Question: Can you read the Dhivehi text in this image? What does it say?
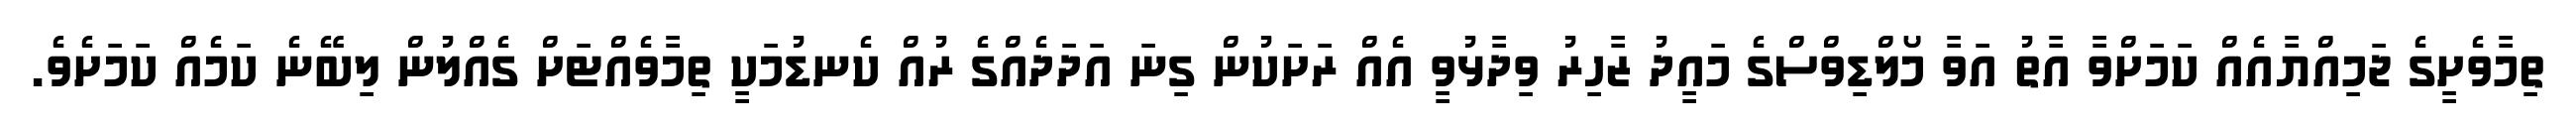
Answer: ތިމާވެށީގެ ޖަމިއްޔާއެއް ކަމަށްވާ އާތު އަވާ މޯލްޑިވްސްގެ މައީދު ޒާހިރު ވިދާޅުވީ އެއް ރަށަކުން ގިނަ އަދަދެއްގެ ރުއް ކެނޑުމަކީ ތިމާވެއްޓަށް ގެއްލުން ލިބޭނެ ކަމެއް ކަމަށެވެ.